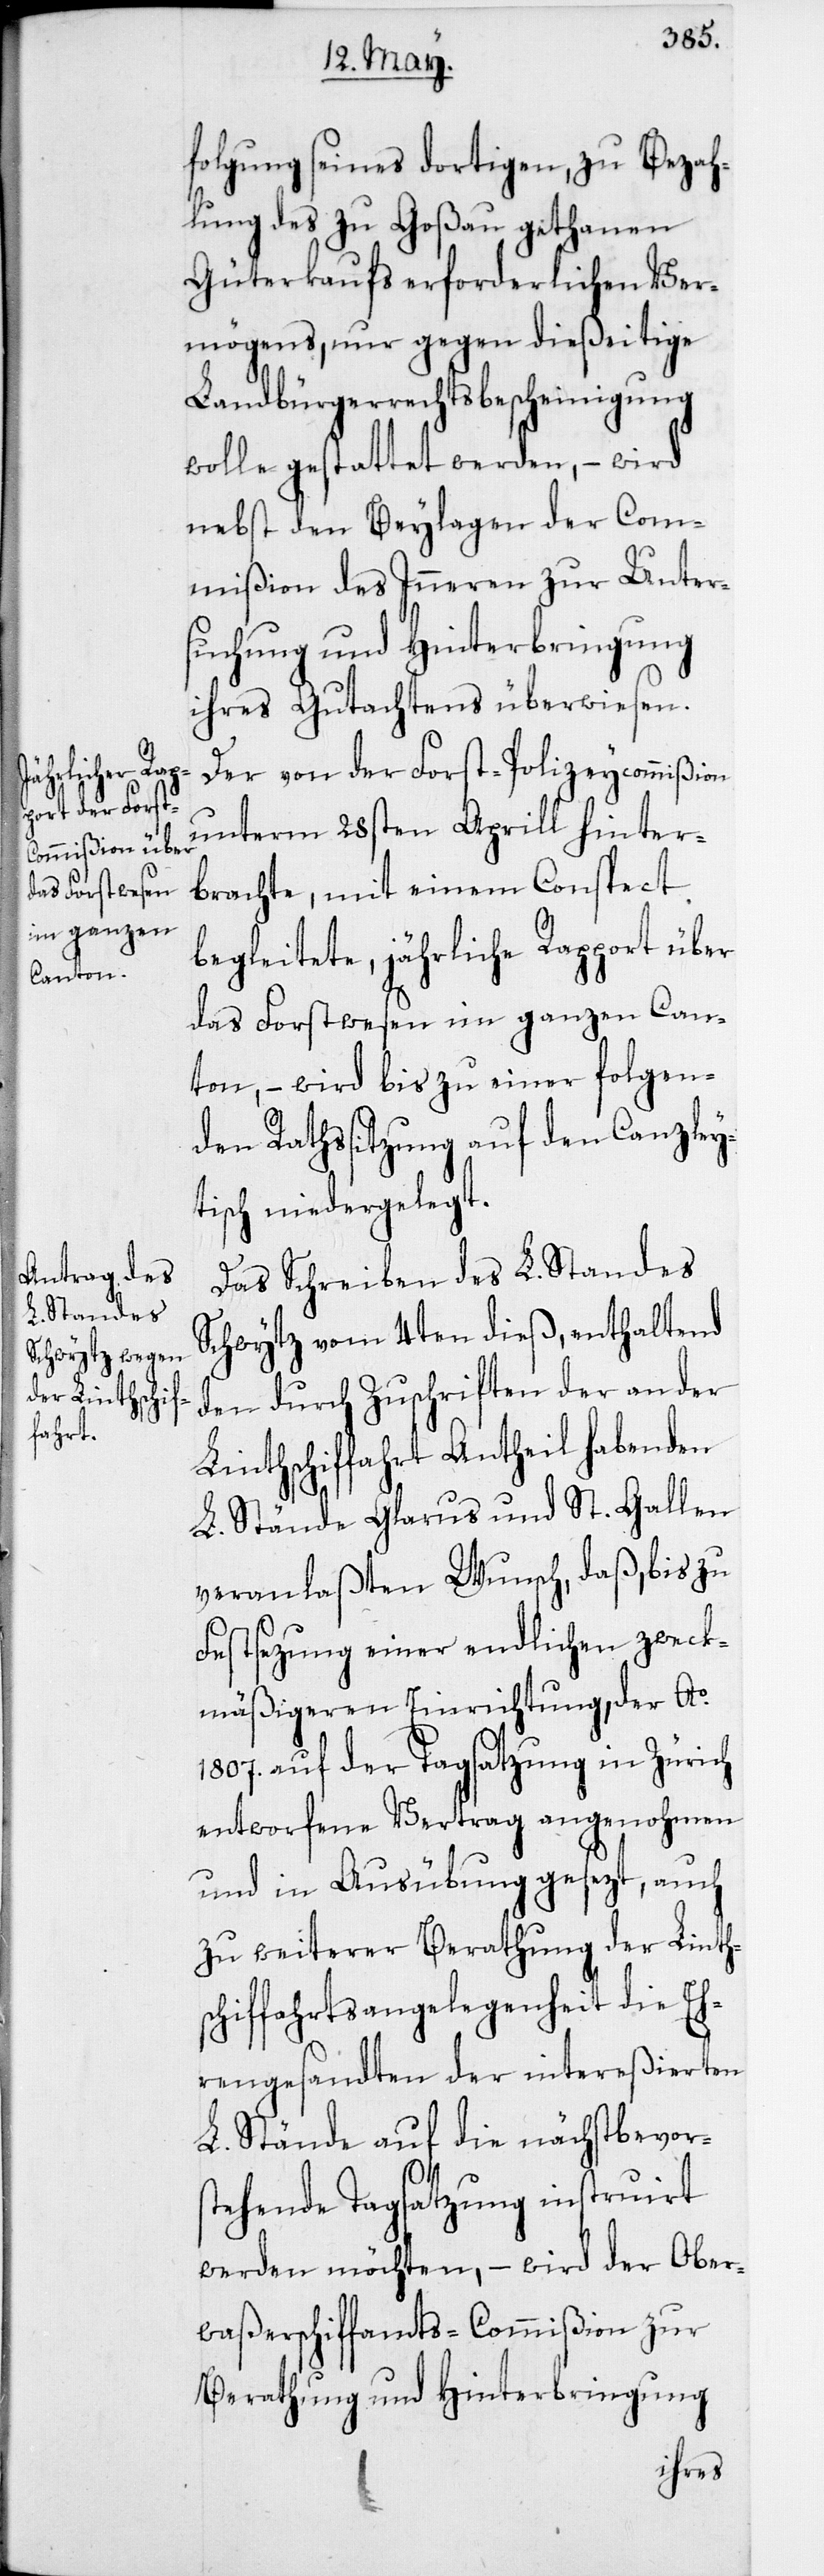
folgung seines dortigen, zu Bezah¬
lung des zu Goßau gethanen
Güterkaufs erforderlichen Ver¬
mögens, nur gegen dießeitige
Landbürgerrechtsbescheinigung
wolle gestattet werden, – wird
nebst den Beylagen der Com¬
mißion des Inneren zur Unter¬
suchung und Hinterbringung
ihres Gutachtens überwiesen.
Der von der Forst-Polizeycommißion
unterm 28sten Aprill hinter¬
brachte, mit einem Conspect
begleitete, jährliche Rapport über
das Forstwesen im ganzen Can¬
ton, – wird bis zu einer folgen¬
den Rathssitzung auf den Canzley¬
tisch niedergelegt.
Das Schreiben des L. Standes
Schwytz vom 4ten dieß, enthaltend
den durch Zuschriften der an der
Linthschiffahrt Antheil habenden
L. Stände Glarus und St. Gallen
veranlaßten Wunsch, daß, bis zu
Festsezung einer endlichen zweck¬
mäßigeren Einrichtung, der Ao
1807. auf der Tagsatzung in Zürich
entworfene Vertrag angenohmen
und in Ausübung gesezt, auch
zu weiterer Berathung der Linths¬
chiffahrtsangelegenheit die Eh¬
rengesandten der intereßierten
L. Stände auf die nächstbevor¬
stehende Tagsatzung instruirt
werden möchten, – wird der Ober¬
waßerschiffamts-Commißion zur
Berathung und Hinterbringung